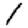
Digit: 1